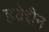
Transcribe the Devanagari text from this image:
हय्रेद्दीन